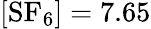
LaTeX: [\mathrm{{SF_{6}}]=7.65}